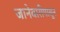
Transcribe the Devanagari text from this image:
जानेवारीपासुन